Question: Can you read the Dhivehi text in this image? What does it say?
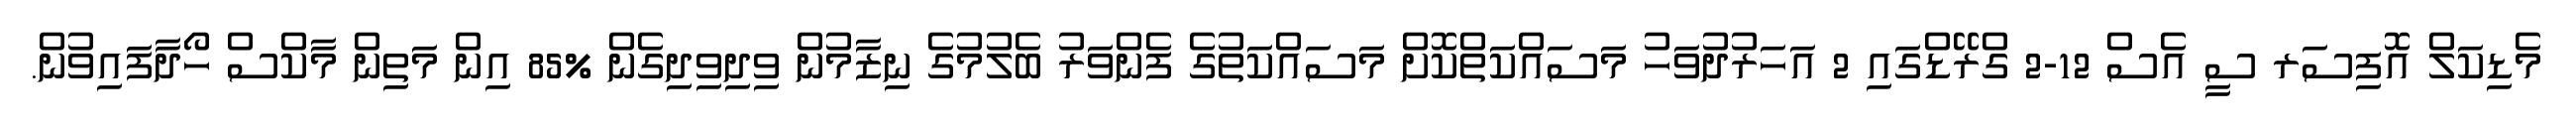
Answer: މެޑިކަލް އޮފިސަރ ސީ އެސް 12-2 ގްރޭޑްގައި 2 އަހަރުދުވަހު މަސައްކަތްކޮށް މަސައްކަތުގެ ފެންވަރު ބެލުމުގެ ނިޒާމުން ވިދިވިދިގެން %85 އިން މަތިން މާކްސް ހޯދާފައިވުން.